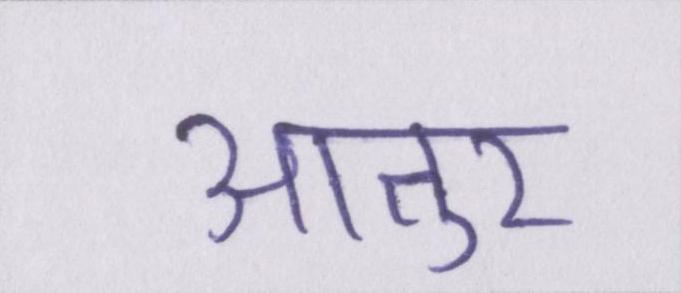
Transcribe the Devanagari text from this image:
आतुर